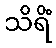
သိရိံ